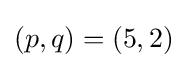
(p,q)=(5,2)